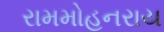
રામમોહનરાય